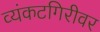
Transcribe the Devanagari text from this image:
व्यंकटगिरीवर